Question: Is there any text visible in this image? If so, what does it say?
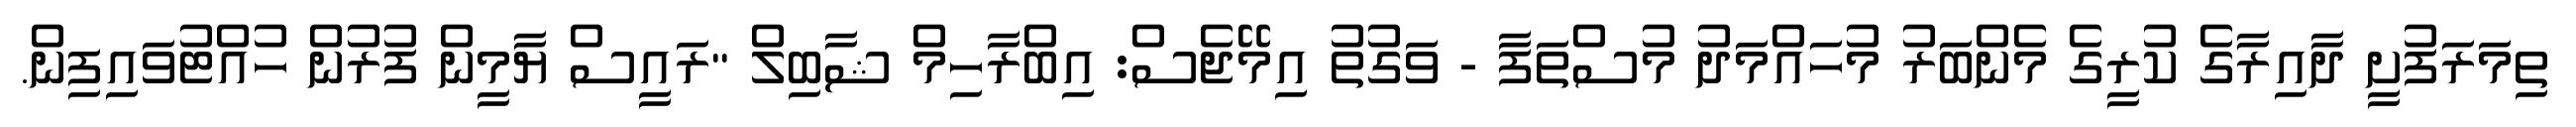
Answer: ތިމަރަފުށީ ދާއިރާގެ ކުރީގެ މެންބަރު މުހައްމަދު މުސްތަފާ - ވަގުތު އިމޭޖެސް: އިބްރާހިމް ޝާބިލް "ރައީސް ޔާމީން ފުރުން ހުއްޓުވައިފިން.